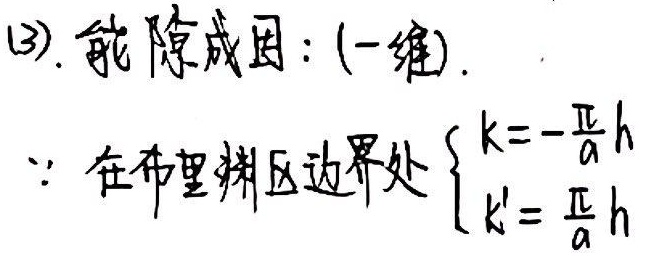
(3). 能隙成因：(一维)。
∵ 在布里渊区边界处 $\begin{cases}k = -\frac{\pi}{a}\hbar \\k' = \frac{\pi}{a}\hbar\end{cases}$